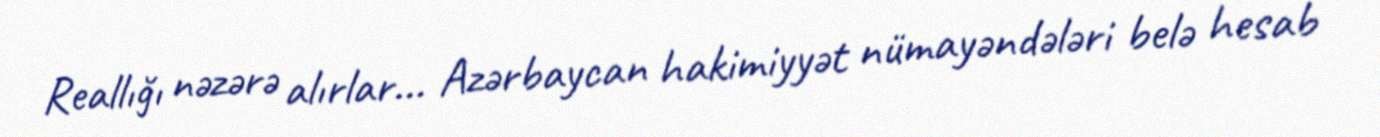
Reallığı nəzərə alırlar... Azərbaycan hakimiyyət nümayəndələri belə hesab